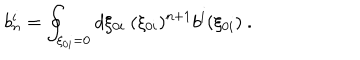
LaTeX: b _ { n } ^ { i } = \oint _ { \xi _ { 0 i } = 0 } d \xi _ { 0 i } \ ( \xi _ { 0 i } ) ^ { n + 1 } b ^ { i } ( \xi _ { 0 i } ) \ .